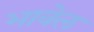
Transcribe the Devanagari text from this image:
भावेल